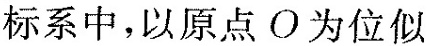
标系中，以原点O为位似